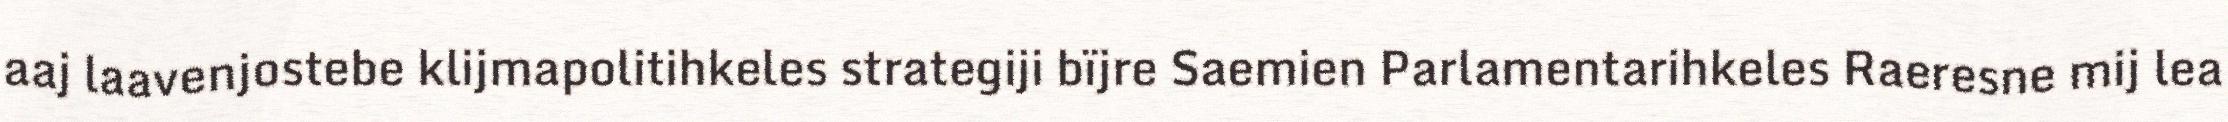
aaj laavenjostebe klijmapolitihkeles strategiji bïjre Saemien Parlamentarihkeles Raeresne mij lea